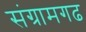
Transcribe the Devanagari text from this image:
संग्रामगढ